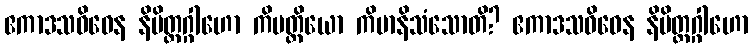
ဧကာဒသဝိဓေန နိမိတ္တဂ္ဂါဟော ကိမတ္ထိယော ကိမာနိသံသောတိ? ဧကာဒသဝိဓေန နိမိတ္တဂ္ဂါဟော